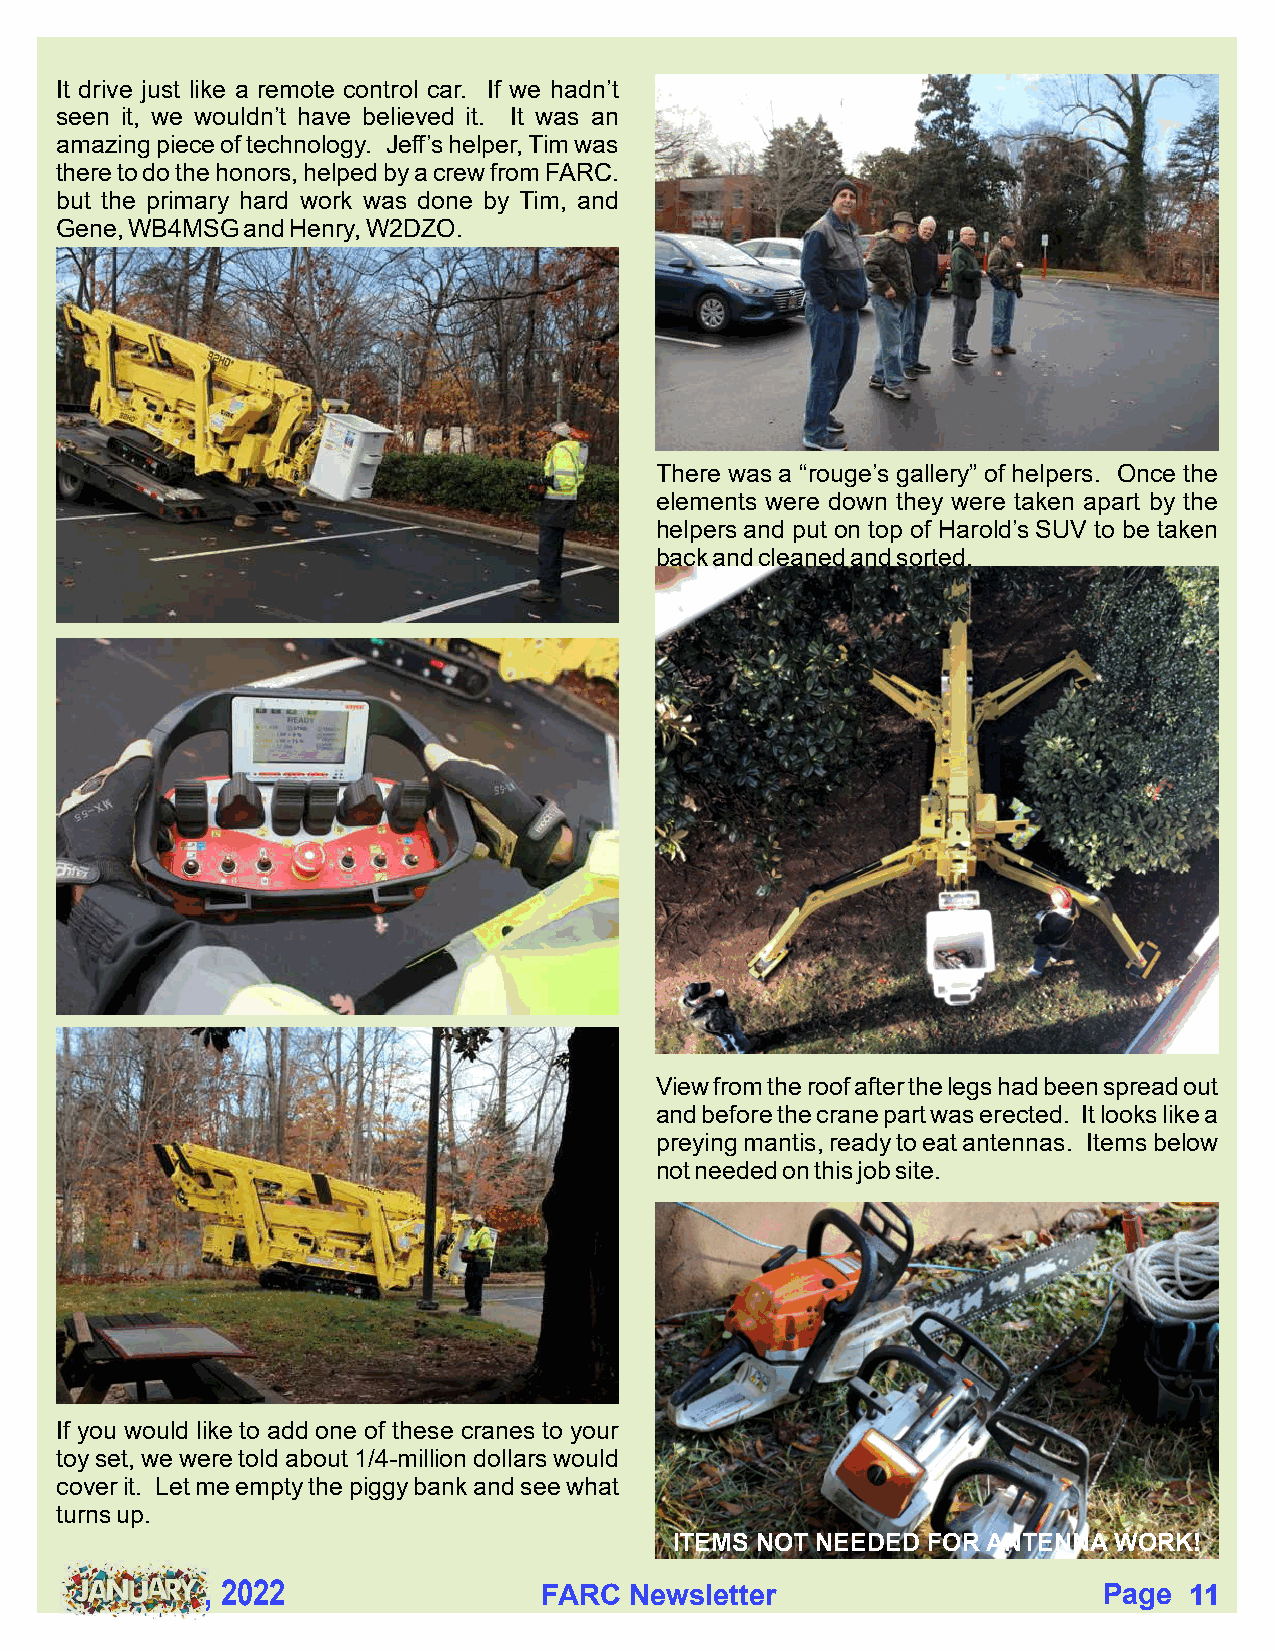
It drive just like a remote control car. If we hadn’t
 seen it, we wouldn’t have believed it. It was an
 amazing piece of technology. Jeff’s helper, Tim was
 there to do the honors, helped by a crew from FARC.
 but the primary hard work was done by Tim, and
 Gene, WB4MSG and Henry, W2DZO.
 There was a “rouge’s gallery” of helpers. Once the
 elements were down they were taken apart by the
 helpers and put on top of Harold’s SUV to be taken
 back and cleaned and sorted.
 View from the roof after the legs had been spread out
 and before the crane part was erected. It looks like a
 preying mantis, ready to eat antennas. Items below
 not needed on this job site.
 If you would like to add one of these cranes to your
 toy set, we were told about 1/4-million dollars would
 cover it. Let me empty the piggy bank and see what
 turns up.
 ITEMS NOT NEEDED FOR ANTENNA WORK!
 , 2022                FARC  Newsletter                     Page  11